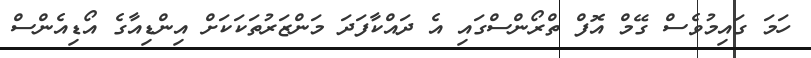
ހަމަ ގައިމުވެސް ގޭމް އޮފް ތްރޯންސްގައި އެ ދައްކާފަދަ މަންޒަރުތަކަކަށް އިންޑިއާގެ އޯޑިއެންސް